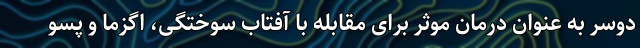
دوسر به عنوان درمان موثر برای مقابله با آفتاب سوختگی، اگزما و پسو